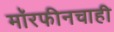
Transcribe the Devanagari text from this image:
मॉरफीनचाही